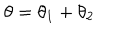
\theta = \theta _ { 1 } + \theta _ { 2 }